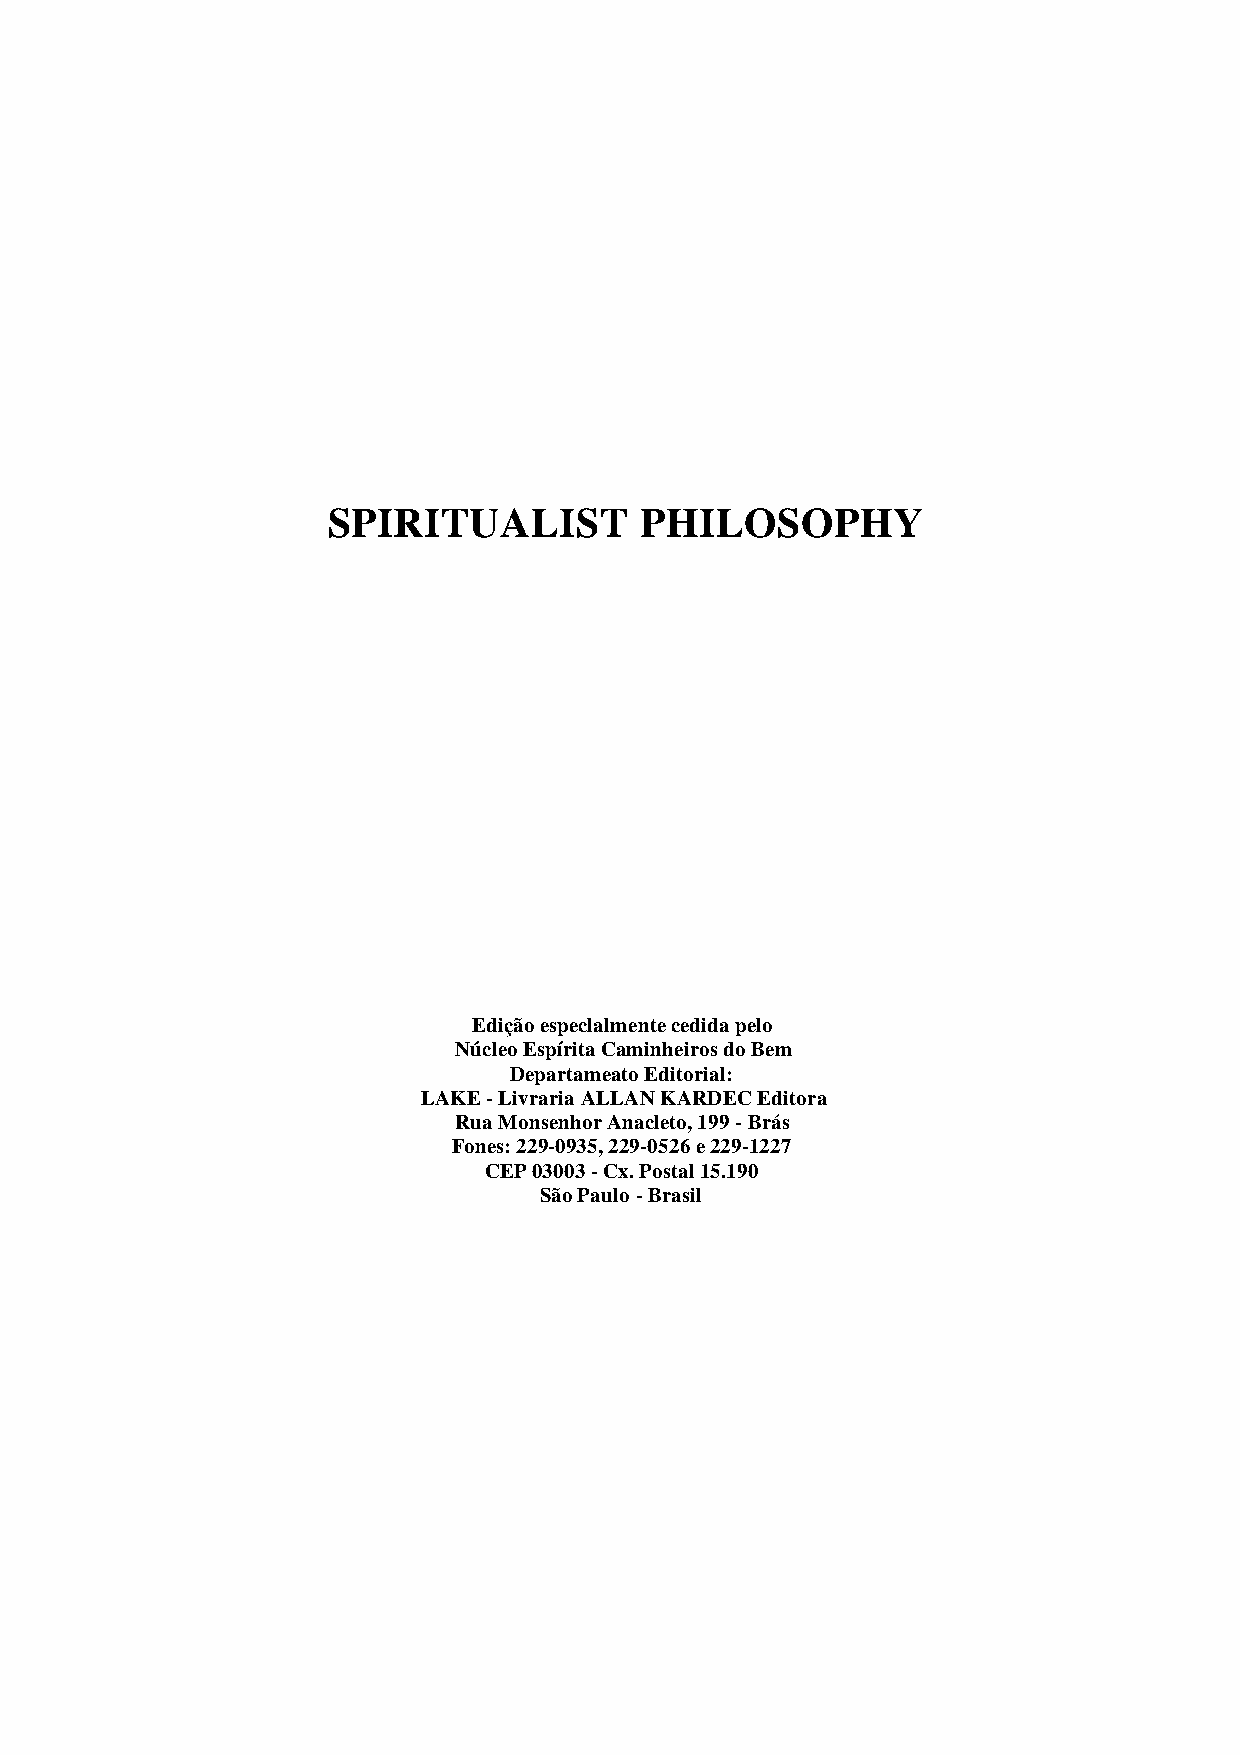
SPIRITUALIST        PHILOSOPHY
 Edição especlalmente cedida pelo
 Núcleo Espírita Caminheiros do Bem
 Departameato Editorial:
 LAKE - Livraria ALLAN KARDEC Editora
 Rua Monsenhor Anacleto, 199 - Brás
 Fones: 229-0935, 229-0526 e 229-1227
 CEP 03003 - Cx. Postal 15.190
 São Paulo - Brasil